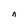
Character: n